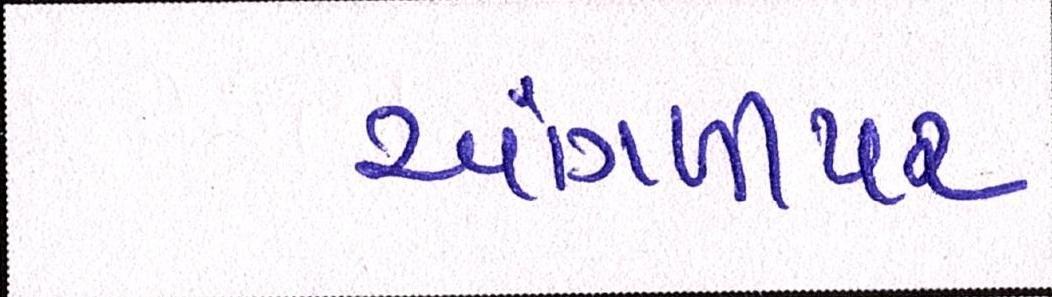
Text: આંગળીપર